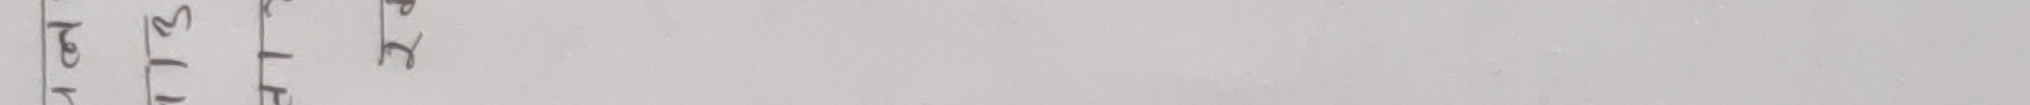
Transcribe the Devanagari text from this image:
अति